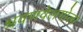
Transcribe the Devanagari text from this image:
श्रवणवेलगोला